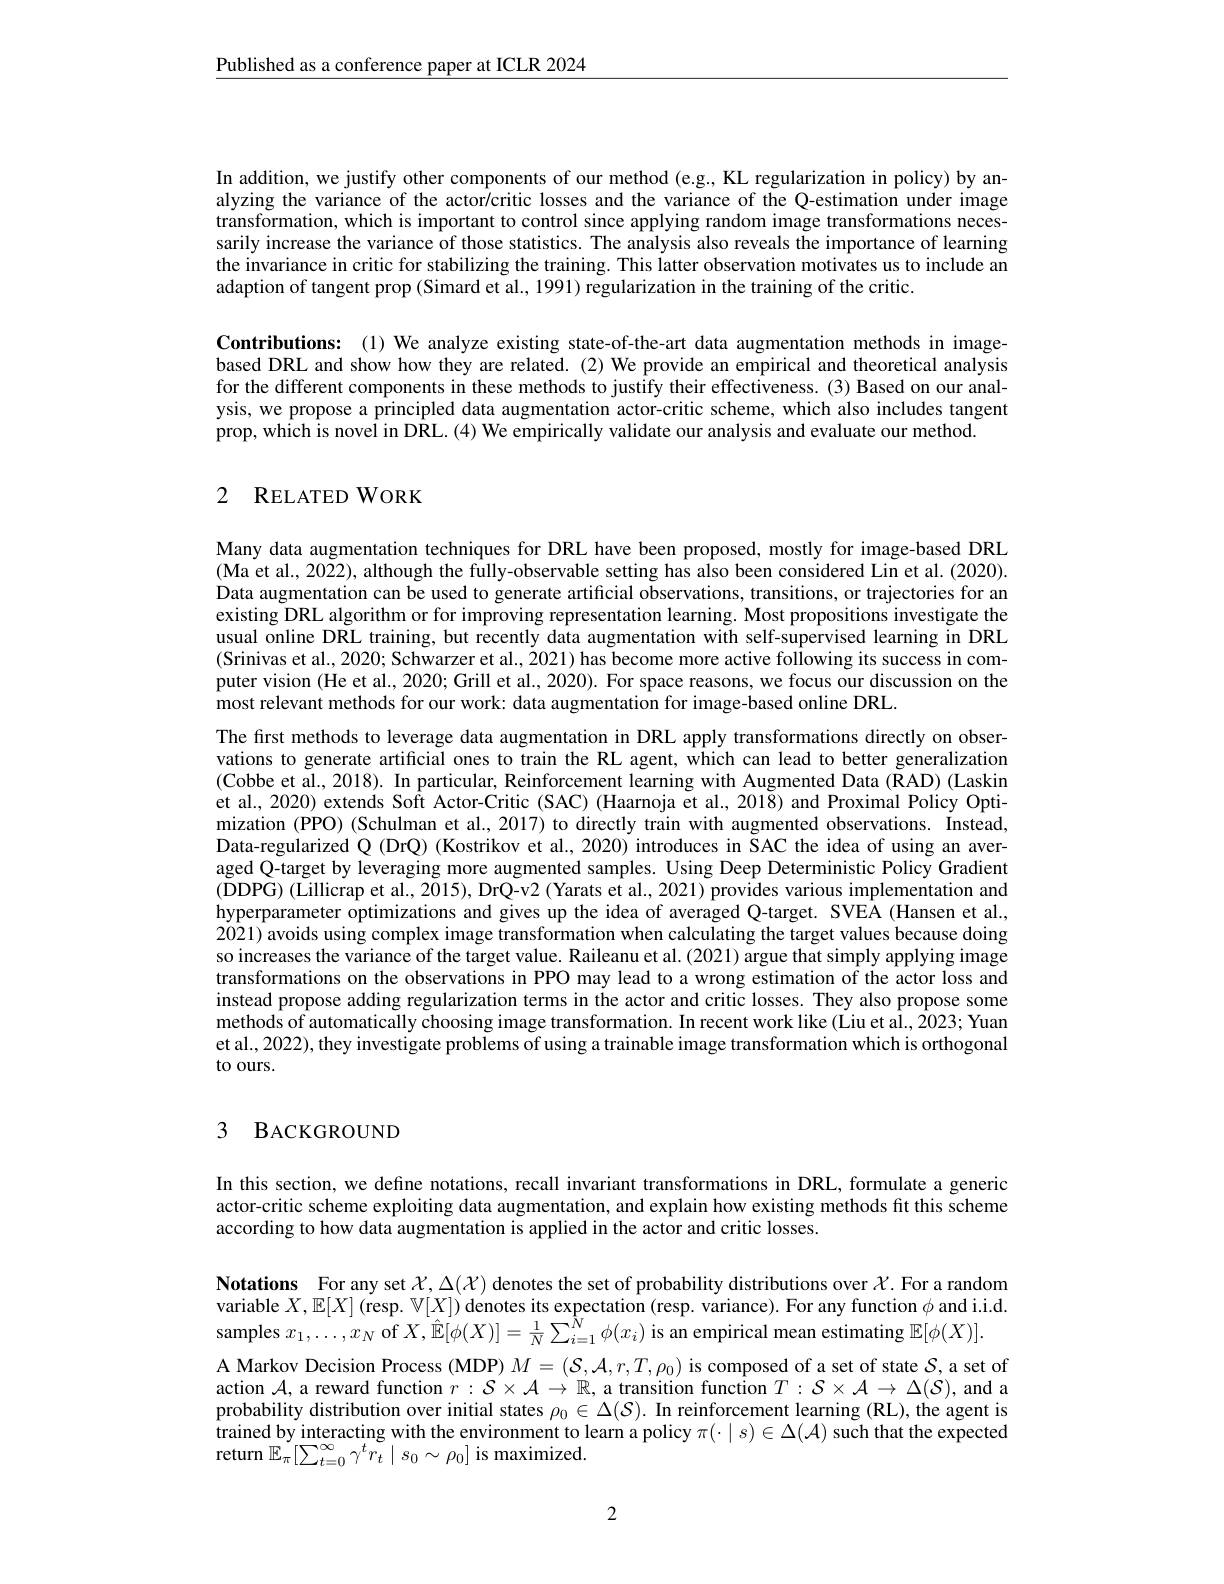
$\underline{\text{Published as a conference paper at ICLR 2024}}$

In addition, we justify other components of our method (e.g., KL regularization in policy) by analyzing the variance of the actor/critic losses and the variance of the Q-estimation under image transformation, which is important to control since applying random image transformations necessarily increase the variance of those statistics. The analysis also reveals the importance of learning the invariance in critic for stabilizing the training. This latter observation motivates us to include an adaption of tangent prop (Simard et al., 1991) regularization in the training of the critic.

Contributions: (1) We analyze existing state-of-the-art data augmentation methods in imagebased DRL and show how they are related.(2) We provide an empirical and theoretical analysis for the different components in these methods to justify their effectiveness. (3) Based on our analysis, we propose a principled data augmentation actor-critic scheme, which also includes tangent prop, which is novel in DRL. (4) We empirically validate our analysis and evaluate our method.

### 2 RELATED WORK

Many data augmentation techniques for DRL have been proposed, mostly for image-based DRL (Ma et al., 2022), although the fully-observable setting has also been considered Lin et al. (2020). Data augmentation can be used to generate artificial observations, transitions, or trajectories for an existing DRL algorithm or for improving representation learning. Most propositions investigate the usual online DRL training, but recently data augmentation with self-supervised learning in DRL (Srinivas et al., 2020; Schwarzer et al., 2021) has become more active following its success in computer vision (He et al., 2020; Grill et al., 2020). For space reasons, we focus our discussion on the most relevant methods for our work: data augmentation for image-based online DRL.
The first methods to leverage data augmentation in DRL apply transformations directly on observations to generate artificial ones to train the RL agent, which can lead to better generalization (Cobbe et al., 2018). In particular, Reinforcement learning with Augmented Data (RAD) (Laskin et al., 2020) extends Soft Actor-Critic (SAC) (Haarnoja et al., 2018) and Proximal Policy Optimization (PPO) (Schulman et al., 2017) to directly train with augmented observations. Instead, Data-regularized Q (DrQ) (Kostrikov et al., 2020) introduces in ŠAC the idea of using an averaged Q-target by leveraging more augmented samples. Using Deep Deterministic Policy Gradient (DDPG) (Lillicrap et al., 2015), DrQ-v2 (Yarats et al., 2021) provides various implementation and hyperparameter optimizations and gives up the idea of averaged Q-target. SVEA (Hansen et al., 2021) avoids using complex image transformation when calculating the target values because doing so increases the variance of the target value. Raileanu et al. (2021) argue that simply applying image transformations on the observations in PPO may lead to a wrong estimation of the actor loss and instead propose adding regularization terms in the actor and critic losses. They also propose some methods of automatically choosing image transformation. In recent work like (Liu et al., 2023; Yuan et al., 2022), they investigate problems of using a trainable image transformation which is orthogonal to ours.

### 3 BACKGROUND

In this section, we define notations, recall invariant transformations in DRL, formulate a generic actor-critic scheme exploiting data augmentation, and explain how existing methods fit this scheme according to how data augmentation is applied in the actor and critic losses.

Notations For any set $\mathcal{X},\Delta(\mathcal{X})$ denotes the set of probability distributions over $\mathcal{X}.$ For a random variable $X,\mathbb{E}[X]($resp. $\mathbb{V} [ X] ) \hat {\text{denotes its expectation( resp. variance) . For any function }\phi \mathrm{~and~i. i. d. }}$ samples $x_1,\ldots,x_N$ of $X,\hat{\mathbb{E}}[\phi(X)]=\frac1N\sum_{i=1}^N\phi(x_i)$ is an empirical mean estimating $\mathbb{E}[\phi(X)].$
A Markov Decision Process (MDP) $M=(\mathcal{S},\mathcal{A},r,T,\rho_0)$ is composed of a set of state $\mathcal{S}$, a set of action $\mathcal{A}$, a reward function $r:\mathcal{S}\times\mathcal{A}\to\mathbb{R}$, a transition function $T:\mathcal{S}\times\mathcal{A}\to\Delta(\mathcal{S})$, and a probability distribution over initial states $\rho_0\in\Delta(\mathcal{S}).$ In reinforcement learning (RL), the agent is $\begin{aligned}\text{trained by interacting with the environment to learn a policy }\pi(\cdot\mid s)\in\Delta(\mathcal{A})\text{ such that the expected}\end{aligned}$ return $\mathbb{E}_\pi[\sum_{t=0}^{\infty}\gamma^{t}r_{t}\mid s_{0}\sim\rho_{0}]$ is maximized.

2